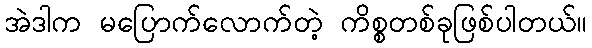
အဲဒါက မပြောက်လောက်တဲ့ ကိစ္စတစ်ခုဖြစ်ပါတယ်။